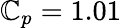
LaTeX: \mathbb{C}_{p}=1.01